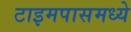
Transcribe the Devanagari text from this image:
टाइमपासमध्ये